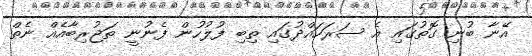
އޭނާ ބުނި ގޮތުގައި އެ ސަރަހައްދުގައި ތިބި ފުލުހުން ފެނުނީ ތަޖުރިބާއެއް ނެތް